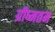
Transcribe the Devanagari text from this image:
ग्रीष्मतम